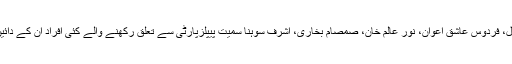
عمران خان پیپلزپارٹی کے رہنماؤں کو کرپٹ کہتے رہے اور اب نظر محمد گوندل، فردوس عاشق اعوان، نور عالم خان، صمصام بخاری، اشرف سوہنا سمیت پیپلزپارٹی سے تعلق رکھنے والے کئی افراد ان کے دائیں بائیں کھڑے نظر آتے ہیں جو شاید خان صاحب کی تبدیلی کا منہ بولتا ثبوت ہے۔